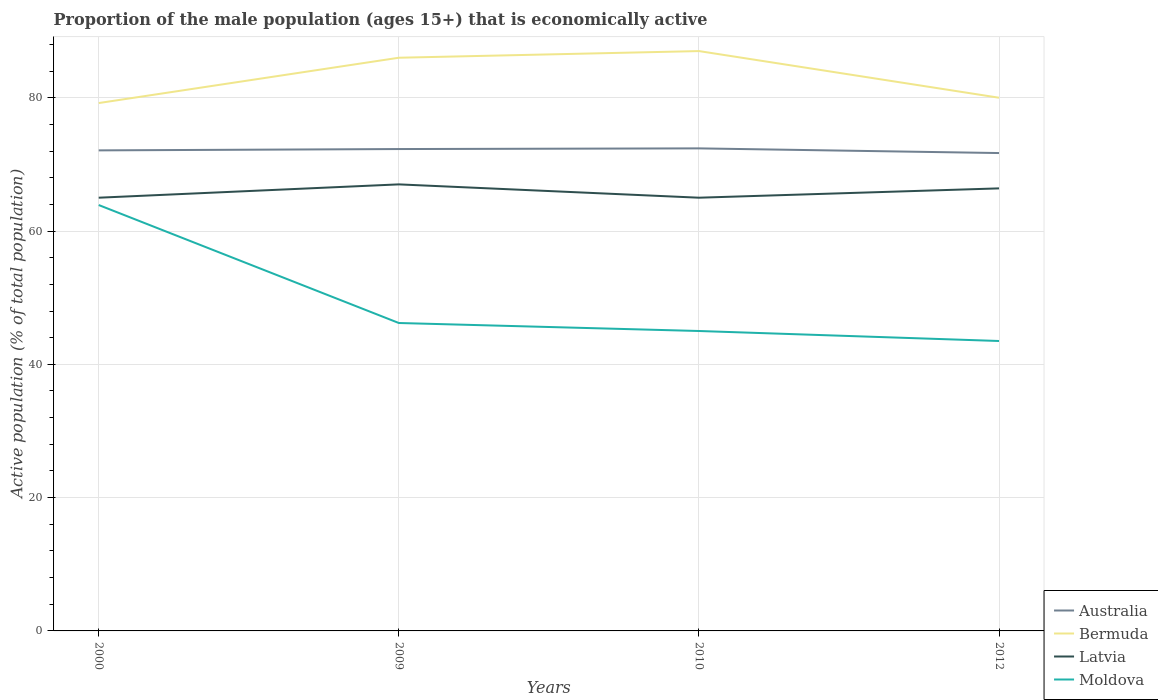
| Years | Australia | Bermuda | Latvia | Moldova |
 | --- | --- | --- | --- | --- |
 | 2000 | 72.1 | 79.2 | 65 | 63.9 |
 | 2009 | 72.3 | 86 | 67 | 46.2 |
 | 2010 | 72.4 | 87 | 65 | 45 |
 | 2012 | 71.7 | 80 | 66.4 | 43.5 |